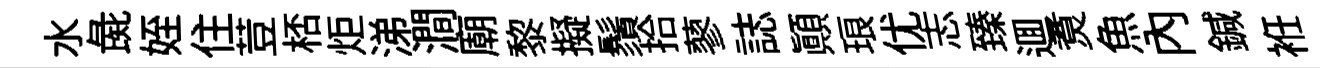
水彘姪住荳桮炬涕澗廟黎擬鬚拾蓼誌顛琅优志臻逥煑魚內鍼袵